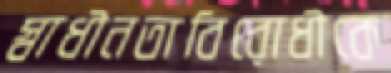
স্বাধীনতাবিরোধীকে